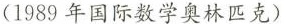
( 1989年国际数学奥林匹克)